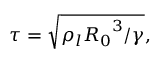
\tau = \sqrt { { \rho _ { l } } { { R _ { 0 } } ^ { 3 } } / \gamma } ,